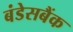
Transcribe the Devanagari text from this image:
बंडेसबैंक